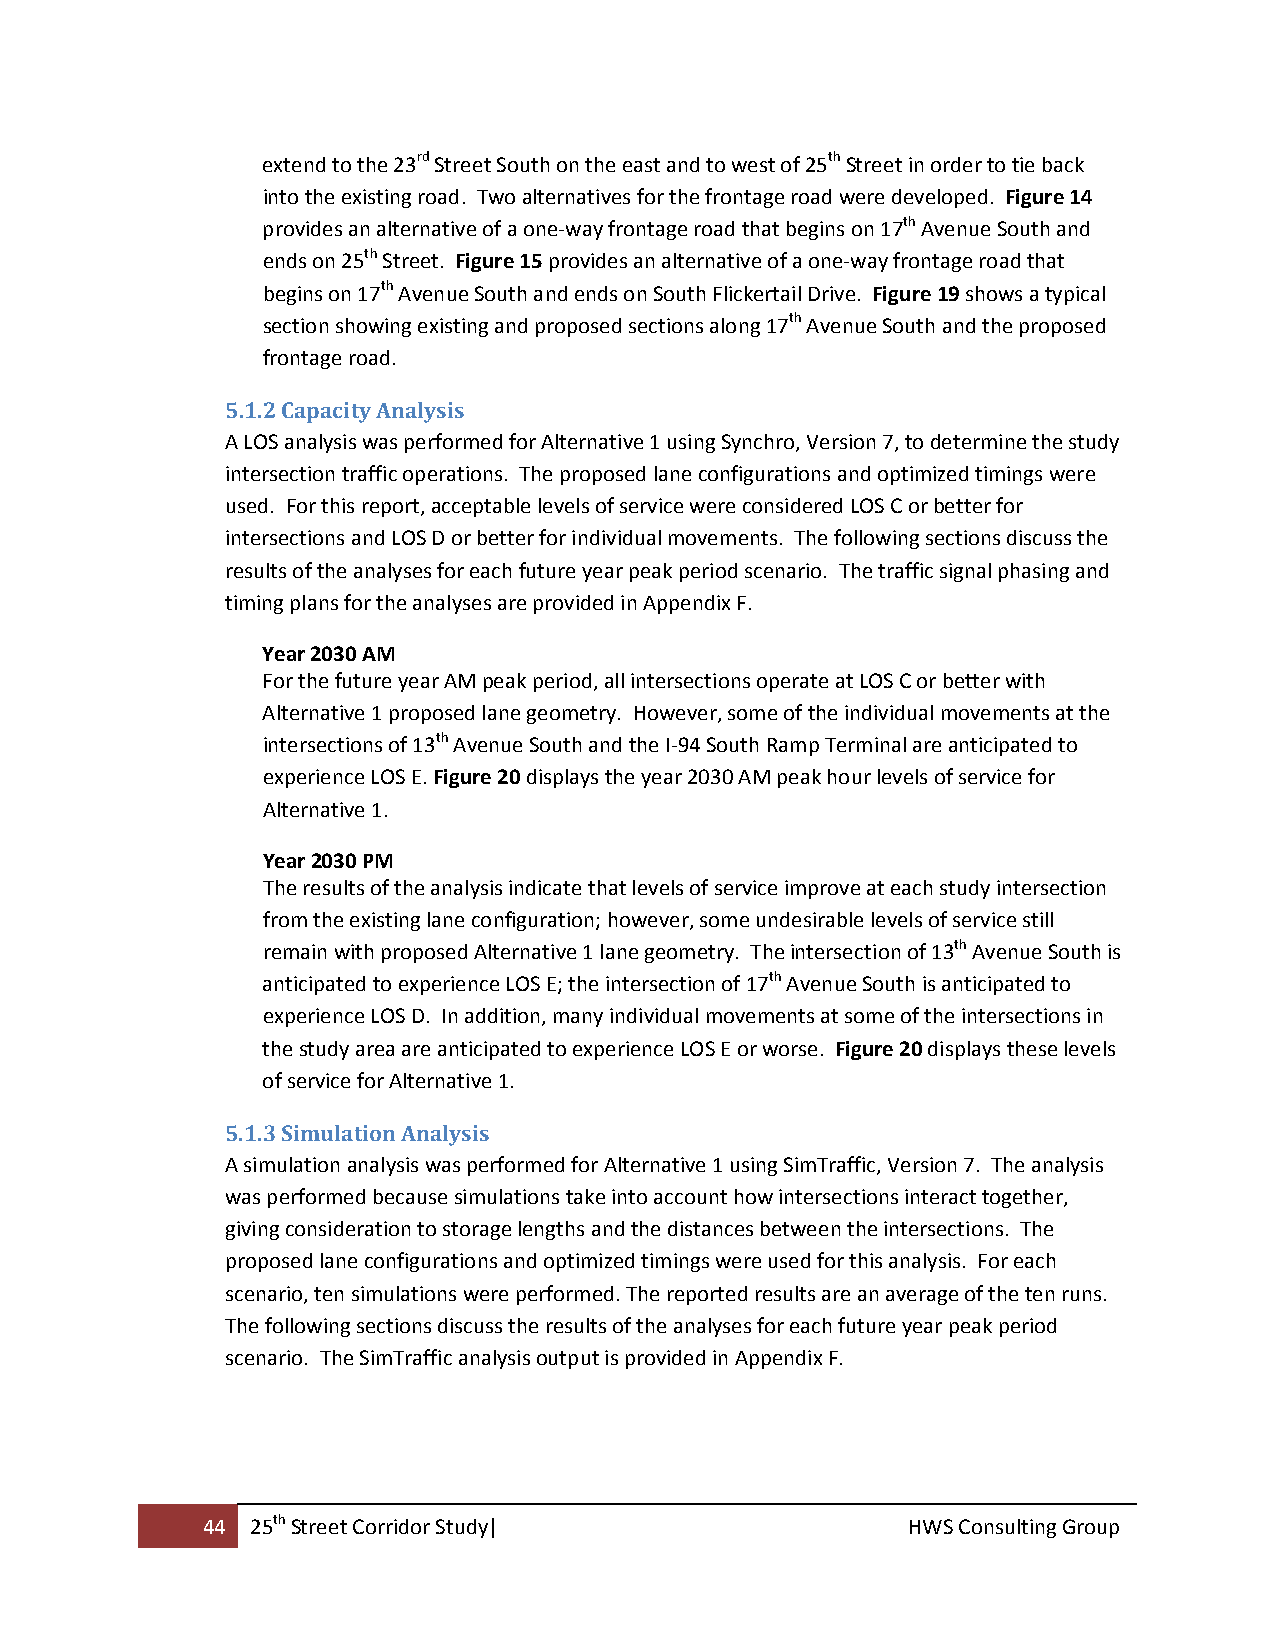
extend to the 23rd Street South on the east and to west of 25th Street in order to tie back
 into the existing road. Two alternatives for the frontage road were developed. Figure 14
 provides an alternative of a one‐way frontage road that begins on 17th Avenue South and
 ends on 25th Street. Figure 15 provides an alternative of a one‐way frontage road that
 begins on 17th Avenue South and ends on South Flickertail Drive. Figure 19 shows a typical
 section showing existing and proposed sections along 17th Avenue South and the proposed
 frontage road.
 5.1.2 Capacity Analysis
 A LOS analysis was performed for Alternative 1 using Synchro, Version 7, to determine the study
 intersection traffic operations. The proposed lane configurations and optimized timings were
 used. For this report, acceptable levels of service were considered LOS C or better for
 intersections and LOS D or better for individual movements. The following sections discuss the
 results of the analyses for each future year peak period scenario. The traffic signal phasing and
 timing plans for the analyses are provided in Appendix F.
 Year 2030 AM
 For the future year AM peak period, all intersections operate at LOS C or better with
 Alternative 1 proposed lane geometry. However, some of the individual movements at the
 intersections of 13th Avenue South and the I‐94 South Ramp Terminal are anticipated to
 experience LOS E. Figure 20 displays the year 2030 AM peak hour levels of service for
 Alternative 1.
 Year 2030 PM
 The results of the analysis indicate that levels of service improve at each study intersection
 from the existing lane configuration; however, some undesirable levels of service still
 remain with proposed Alternative 1 lane geometry. The intersection of 13th Avenue South is
 anticipated to experience LOS E; the intersection of 17th Avenue South is anticipated to
 experience LOS D. In addition, many individual movements at some of the intersections in
 the study area are anticipated to experience LOS E or worse. Figure 20 displays these levels
 of service for Alternative 1.
 5.1.3 Simulation Analysis
 A simulation analysis was performed for Alternative 1 using SimTraffic, Version 7. The analysis
 was performed because simulations take into account how intersections interact together,
 giving consideration to storage lengths and the distances between the intersections. The
 proposed lane configurations and optimized timings were used for this analysis. For each
 scenario, ten simulations were performed. The reported results are an average of the ten runs.
 The following sections discuss the results of the analyses for each future year peak period
 scenario. The SimTraffic analysis output is provided in Appendix F.
 44  25th Street Corridor Study|                HWS Consulting Group